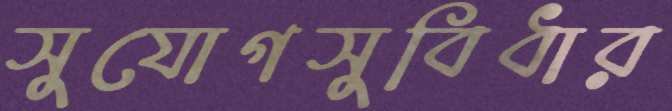
সুযোগসুবিধার